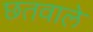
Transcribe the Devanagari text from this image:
छतवाले